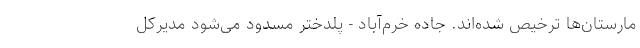
مارستان‌ها ترخیص شده‌اند. جاده خرم‌آباد - پلدختر مسدود می‌شود مدیرکل